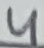
Text: 4